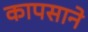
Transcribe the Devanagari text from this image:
कापसाने